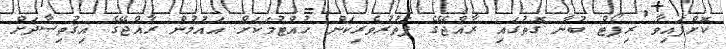
ކޮށްފައިވާ ރިޕޯޓް ބުނާ ގޮތުގައި ރާއްޖޭގެ ފަތުރުވެރިކަން ހުއްޓުމަކަށް އައުމުން ރާއްޖޭގެ އިޤުތިޞާދަށް